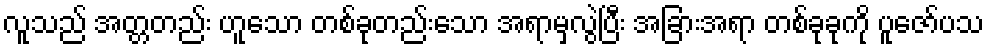
လူသည် အတ္တတည်း ဟူသော တစ်ခုတည်းသော အရာမှလွဲပြီး အခြားအရာ တစ်ခုခုကို ပူဇော်ပသ